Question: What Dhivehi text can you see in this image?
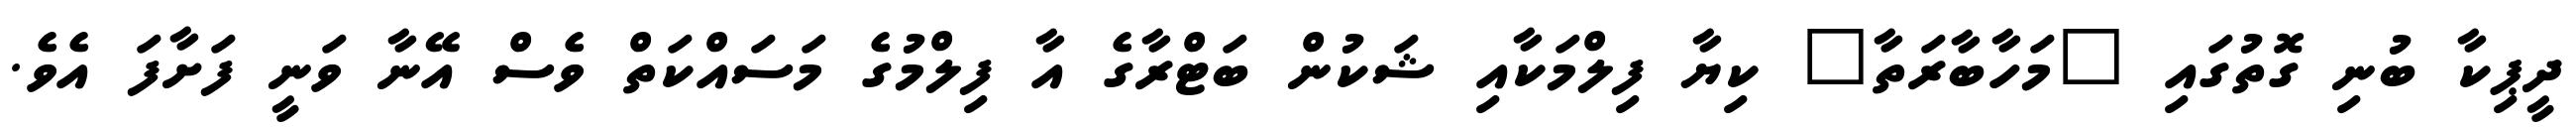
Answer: ދީޕިކާ ބުނި ގޮތުގައި "މަހާބާރަތާ" ކިޔާ ފިލްމަކާއި ޝަކުން ބަޓްރާގެ އާ ފިލްމުގެ މަސައްކަތް ވެސް އޭނާ ވަނީ ފަށާފަ އެވެ.